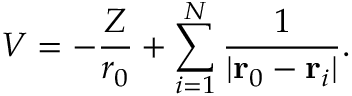
V = - \frac { Z } { r _ { 0 } } + \sum _ { i = 1 } ^ { N } \frac { 1 } { | \mathbf { r } _ { 0 } - \mathbf { r } _ { i } | } .